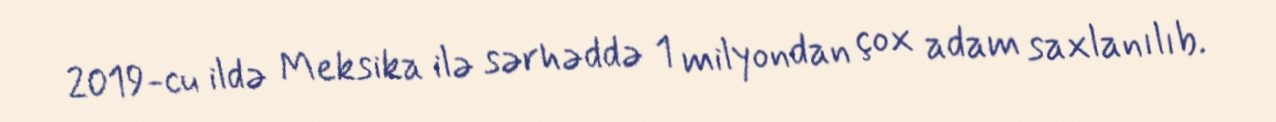
2019-cu ildə Meksika ilə sərhəddə 1 milyondan çox adam saxlanılıb.